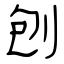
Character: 刨